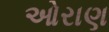
ઓરાણ